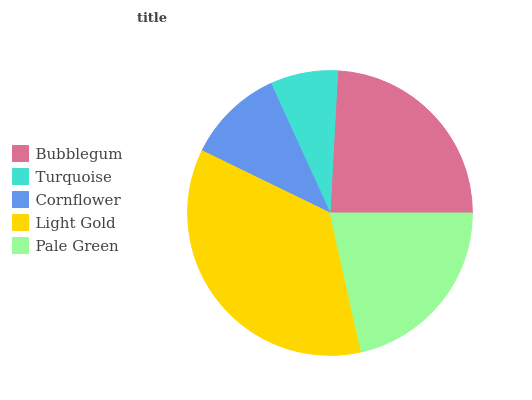
| Bubblegum | Turquoise | Cornflower | Light Gold | Pale Green |
 | --- | --- | --- | --- | --- |
 | 24.2% | 7.67% | 11% | 35.7% | 21.5% |